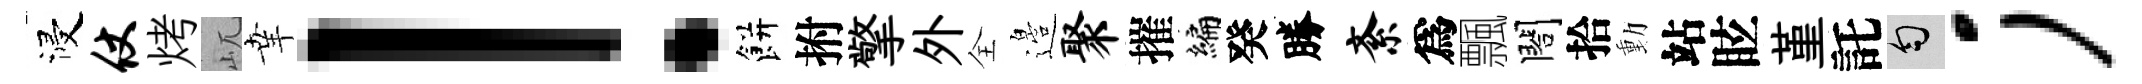
浸仗烤屼𦍒！餅拊擎外全邉聚摧编癸勝紊爲飄閤拾動站眩堇託匀；